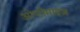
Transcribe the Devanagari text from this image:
ओप्टीमाइज़